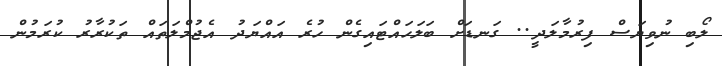
ލޯބި ނުވިޔަސް ފިރުމާލަދީ.. ގަނޑަށް ބަލަހައްޓައިގެން ހުރެ އައްޔަދު އެޖުމްލަތައް ތަކުރާރު ކުރަމުން